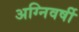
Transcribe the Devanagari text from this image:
अग्निवर्षी